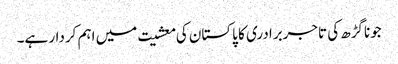
جوناگڑھ کی تاجربرادری کا پاکستان کی معشیت میں اہم کردار ہے۔